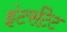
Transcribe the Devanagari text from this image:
इंटर्सटेट